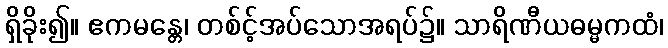
ရှိခိုး၍။ ဧကမန္တေ၊ တစ်င့်အပ်သောအရပ်၌။ သာရိဏီယဓမ္မကထံ၊